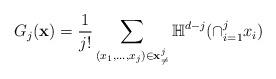
LaTeX: \begin{align*} G_{j}(\mathbf{x}) = \frac{1}{j!} \sum_{(x_{1},\ldots,x_{j}) \in \mathbf{x}^{j}_{\neq}} \mathbb{H}^{d-j} (\cap_{i=1}^{j} x_{i} )\end{align*}